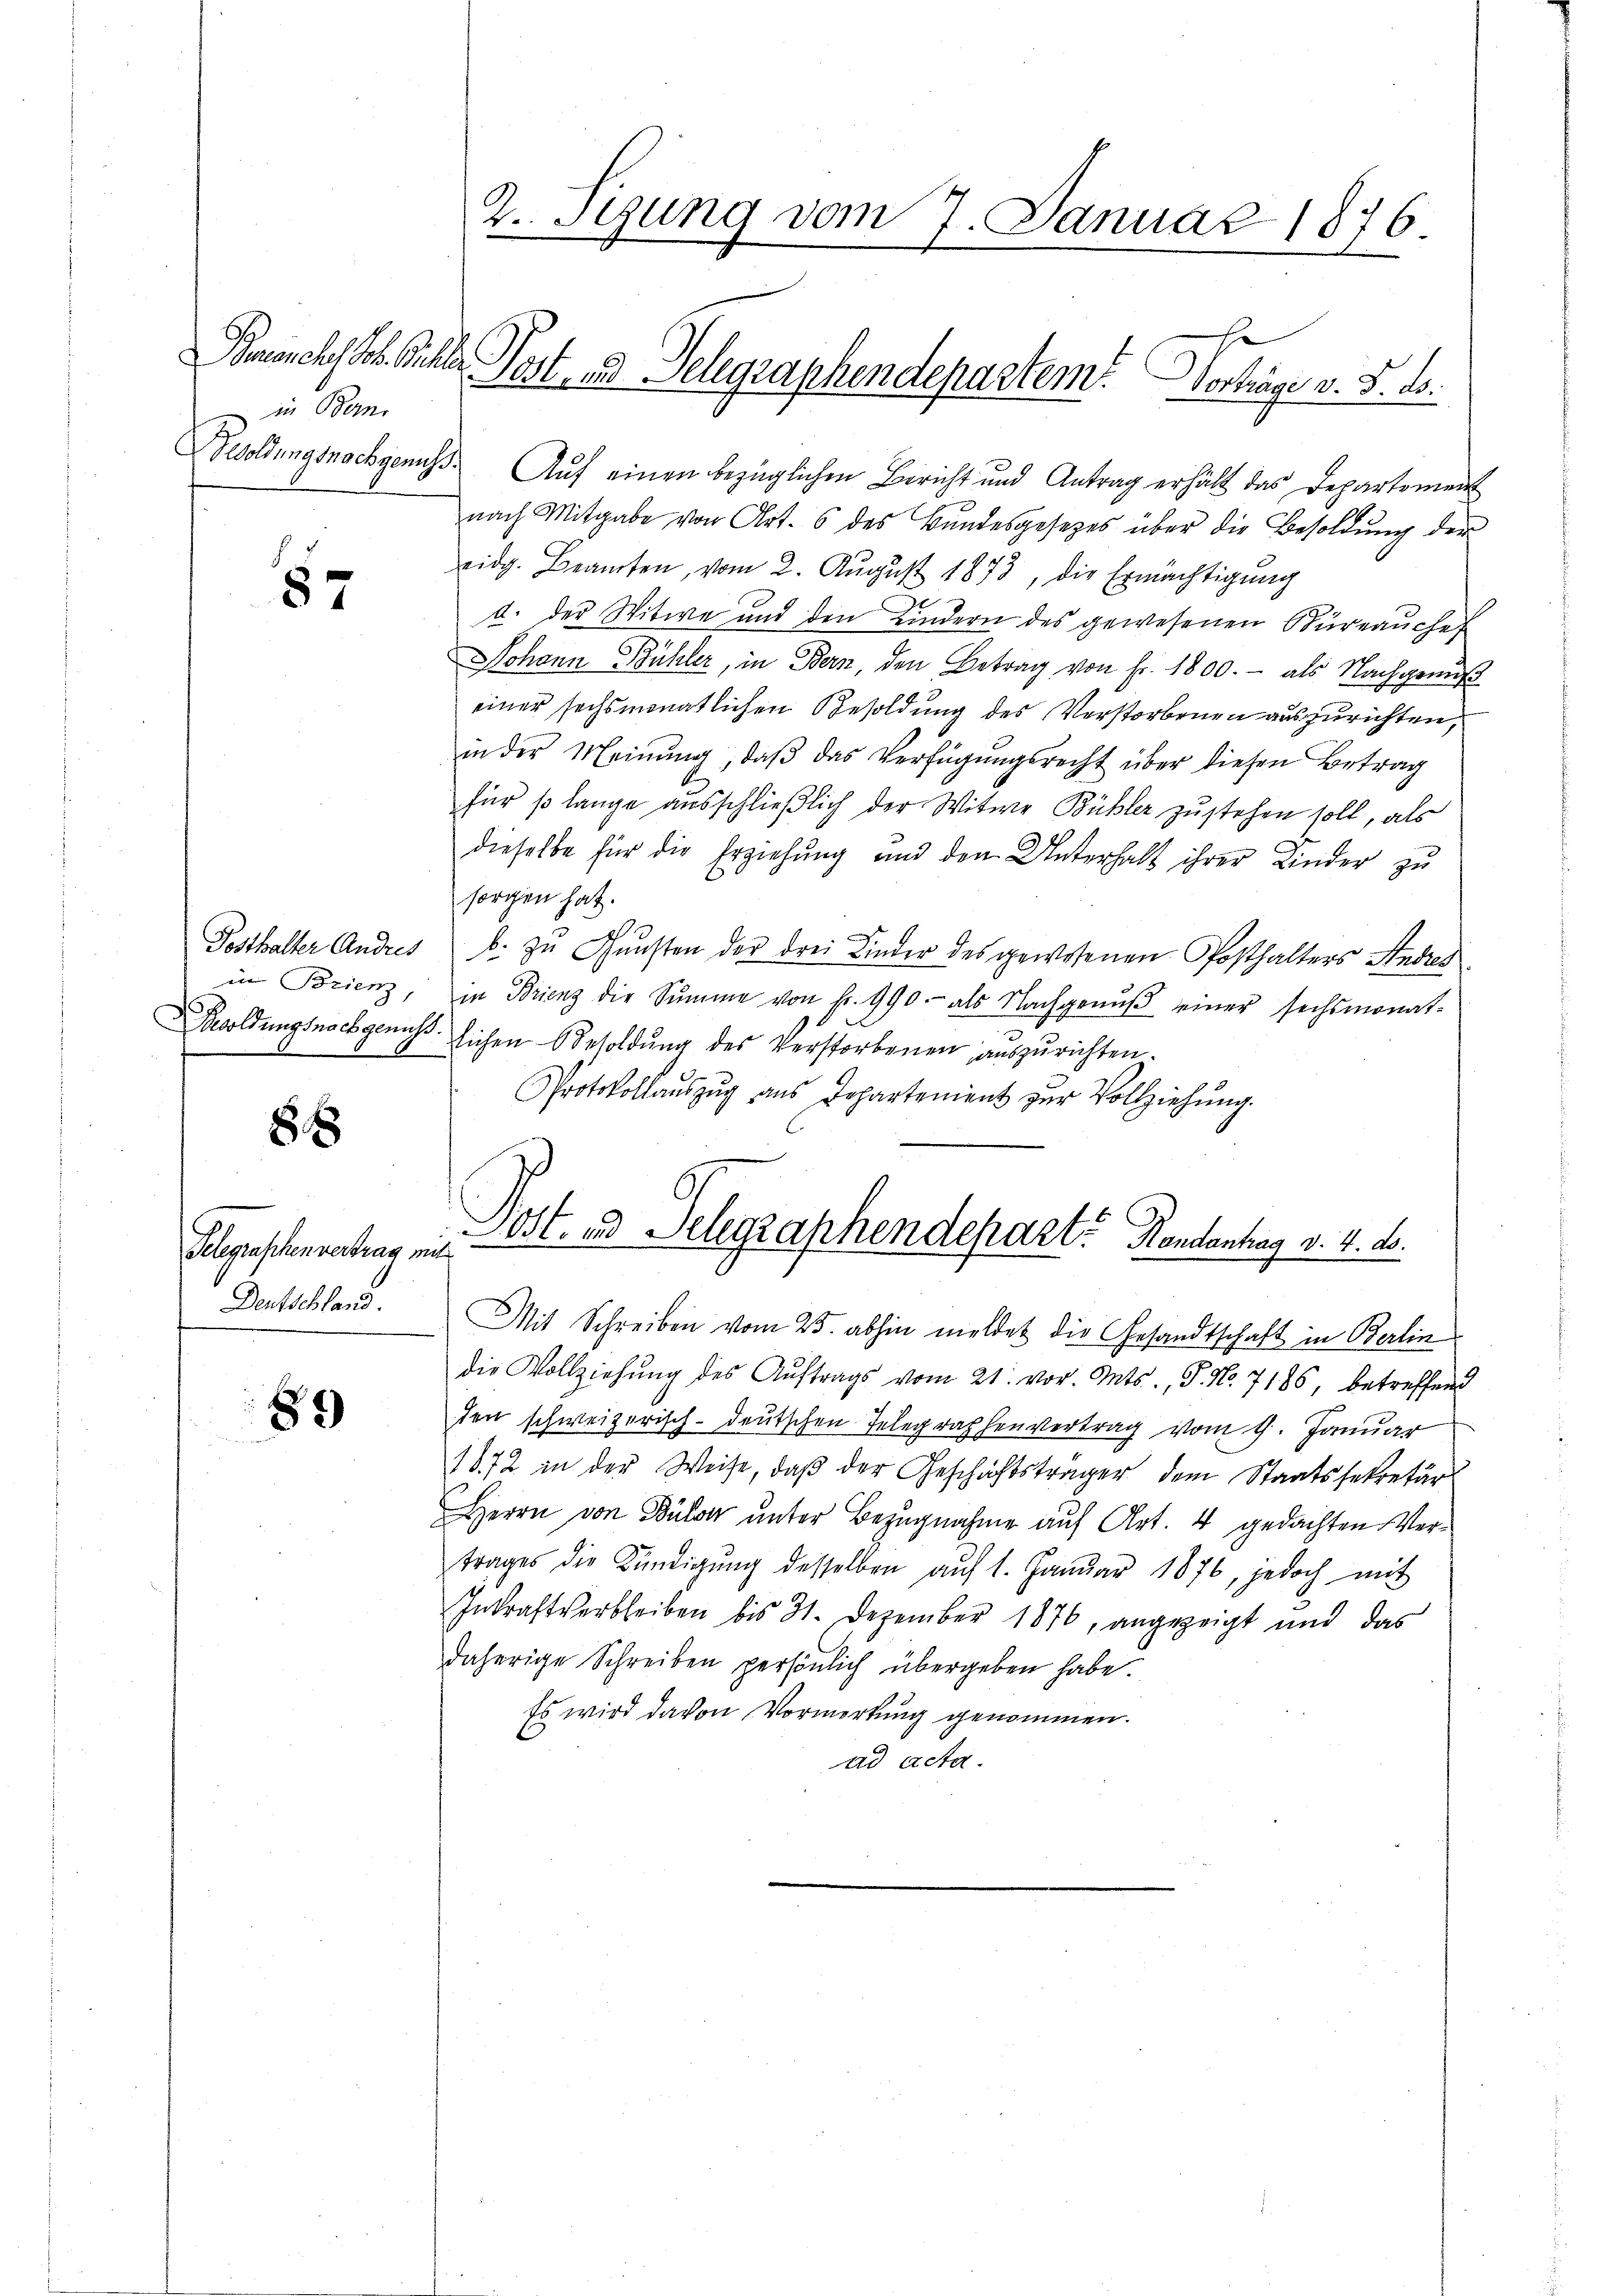
Buranches Joh. Biller
in Ban

87

Posthalter Andres
im Brienz,
Besoldungsnachgenuss

8

Kelegenschenvertrag in
Dentschland.

89

2. Teung vom 7. Januar 1876.

Post- und Telegraphendepartem Vorträge v. 8. d.

Besoldungsnachgenuss. Aŭf einen bezüglichen Bericht und Antrag erhält das Departement
nach Mitgabe von Art. 6 des Bŭndesgesetzes über die Besoldŭng der
eidg. Beamten, vom 2. August 1873, die Ermächtigung
d. der Witwe und den Kindern des gewesenen Büreaŭchef
Johann Bühler, in Bern, den Betrag von Fr. 1800.- als Nachgenuß
einer sechsmonatlichen Besoldung des Verstorbenen auszurichten,
in der Meinŭng, daβ das Verfügŭngsrecht über diesen Betrag
für so lange ausschließlich der Witwe Bübler zustehen soll, als
dieselbe für die Erziehung und den Unterhalt ihrer Kinder zu
sorgen hat.
b. zu Gunsten der drei Kinder des gewesenen Posthalters Andres
in Brienz die Summe von fr. 990.- als Nachgenŭβ einer sechsmonat-
lichen Besoldŭng des Verstorbenen auszurichten.
Protokollaŭszŭg ans Departenient zŭr Vollziehŭng.
.
Lost- und Selegraphendepart. Handenhag v. 4. d.
Mit Schreiben vom 25. abhin meldet die Gesandtschaft in Berlin
die Vollziehŭng des Aŭftrags vom 21. vor. Mts., P. Nr. 7185, betreffend
den schweizerisch-deutschen Telegraphenvertrag vom 9. Januar
1872 in der Weise, daß der Geschäftsträger dem Staatssekretär
Herrn von Bülow unter Bezugnahme auf Art. 4 gedachten Vertrages die Kündigŭng desselben aŭf 1. Janŭar 1876, jedoch mit
Inkraftverbleiben bis 31. Dezember 1876, angezeigt und das
daherige Schreiben persönlich übergeben habe.
Es wird davon Vormerkung genommen.
ad acta.